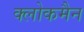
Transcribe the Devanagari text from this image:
क्लोकमैन